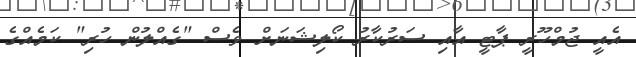
އެއީ ޖުމްހޫރީ ޕާޓީ އާއި ސަރުކާރު ކޯލިޝަނަށް ވެސް "ގެއްލުން ހުރި" ކަމެއްގެ